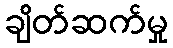
ချိတ်ဆက်မှု